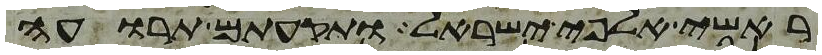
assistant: ראשי אלפי ישראל ותקעתם תרועה